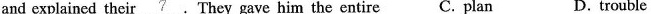
and explained their\underline{7}.They gave him the entire C. plan D. trouble